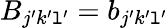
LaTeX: B_{j^{\prime}k^{\prime}\mathtt{l}^{\prime}}=b_{j^{\prime}k^{\prime}\mathtt{l}^{\prime}}